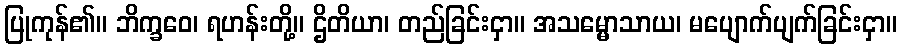
ပြုကုန်၏။ ဘိက္ခဝေ၊ ရဟန်းတို့။ ဌိတိယာ၊ တည်ခြင်းငှာ။ အသမ္မောသာယ၊ မပျောက်ပျက်ခြင်းငှာ။